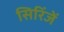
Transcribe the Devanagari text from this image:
सिरिंजें